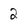
Character: 2